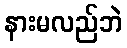
နားမလည်ဘဲ